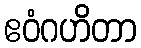
ဧဝံဂဟိတာ